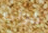
كونى